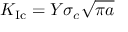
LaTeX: K _ { \mathrm { { I c } } } = Y \sigma _ { c } { \sqrt { \pi a } }